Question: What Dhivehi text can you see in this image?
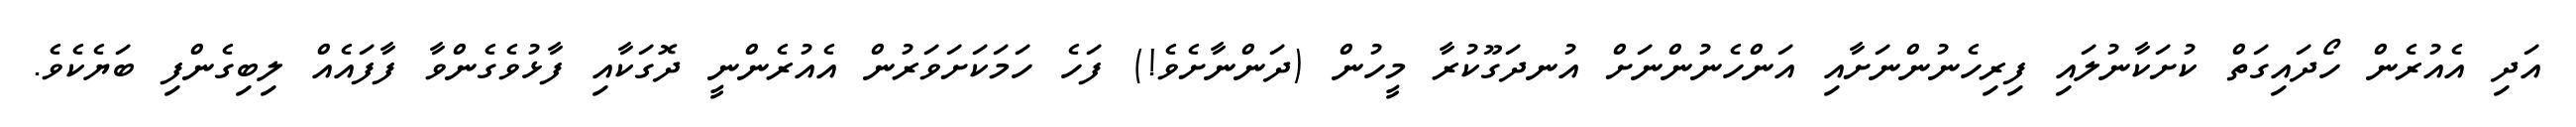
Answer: އަދި އެއުރެން ހޯދައިގަތް ކުށަކާނުލައި ފިރިހެނުންނަށާއި އަންހެނުންނަށް އުނދަގޫކުރާ މީހުން (ދަންނާށެވެ!) ފަހެ ހަމަކަށަވަރުން އެއުރެންނީ ދޮގަކާއި ފާޅުވެގެންވާ ފާފައެއް ލިބިގެންފި ބަޔެކެވެ.